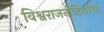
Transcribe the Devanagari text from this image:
विश्वराजनीतिकविद